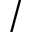
/